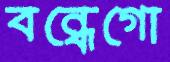
বন্ধেগো